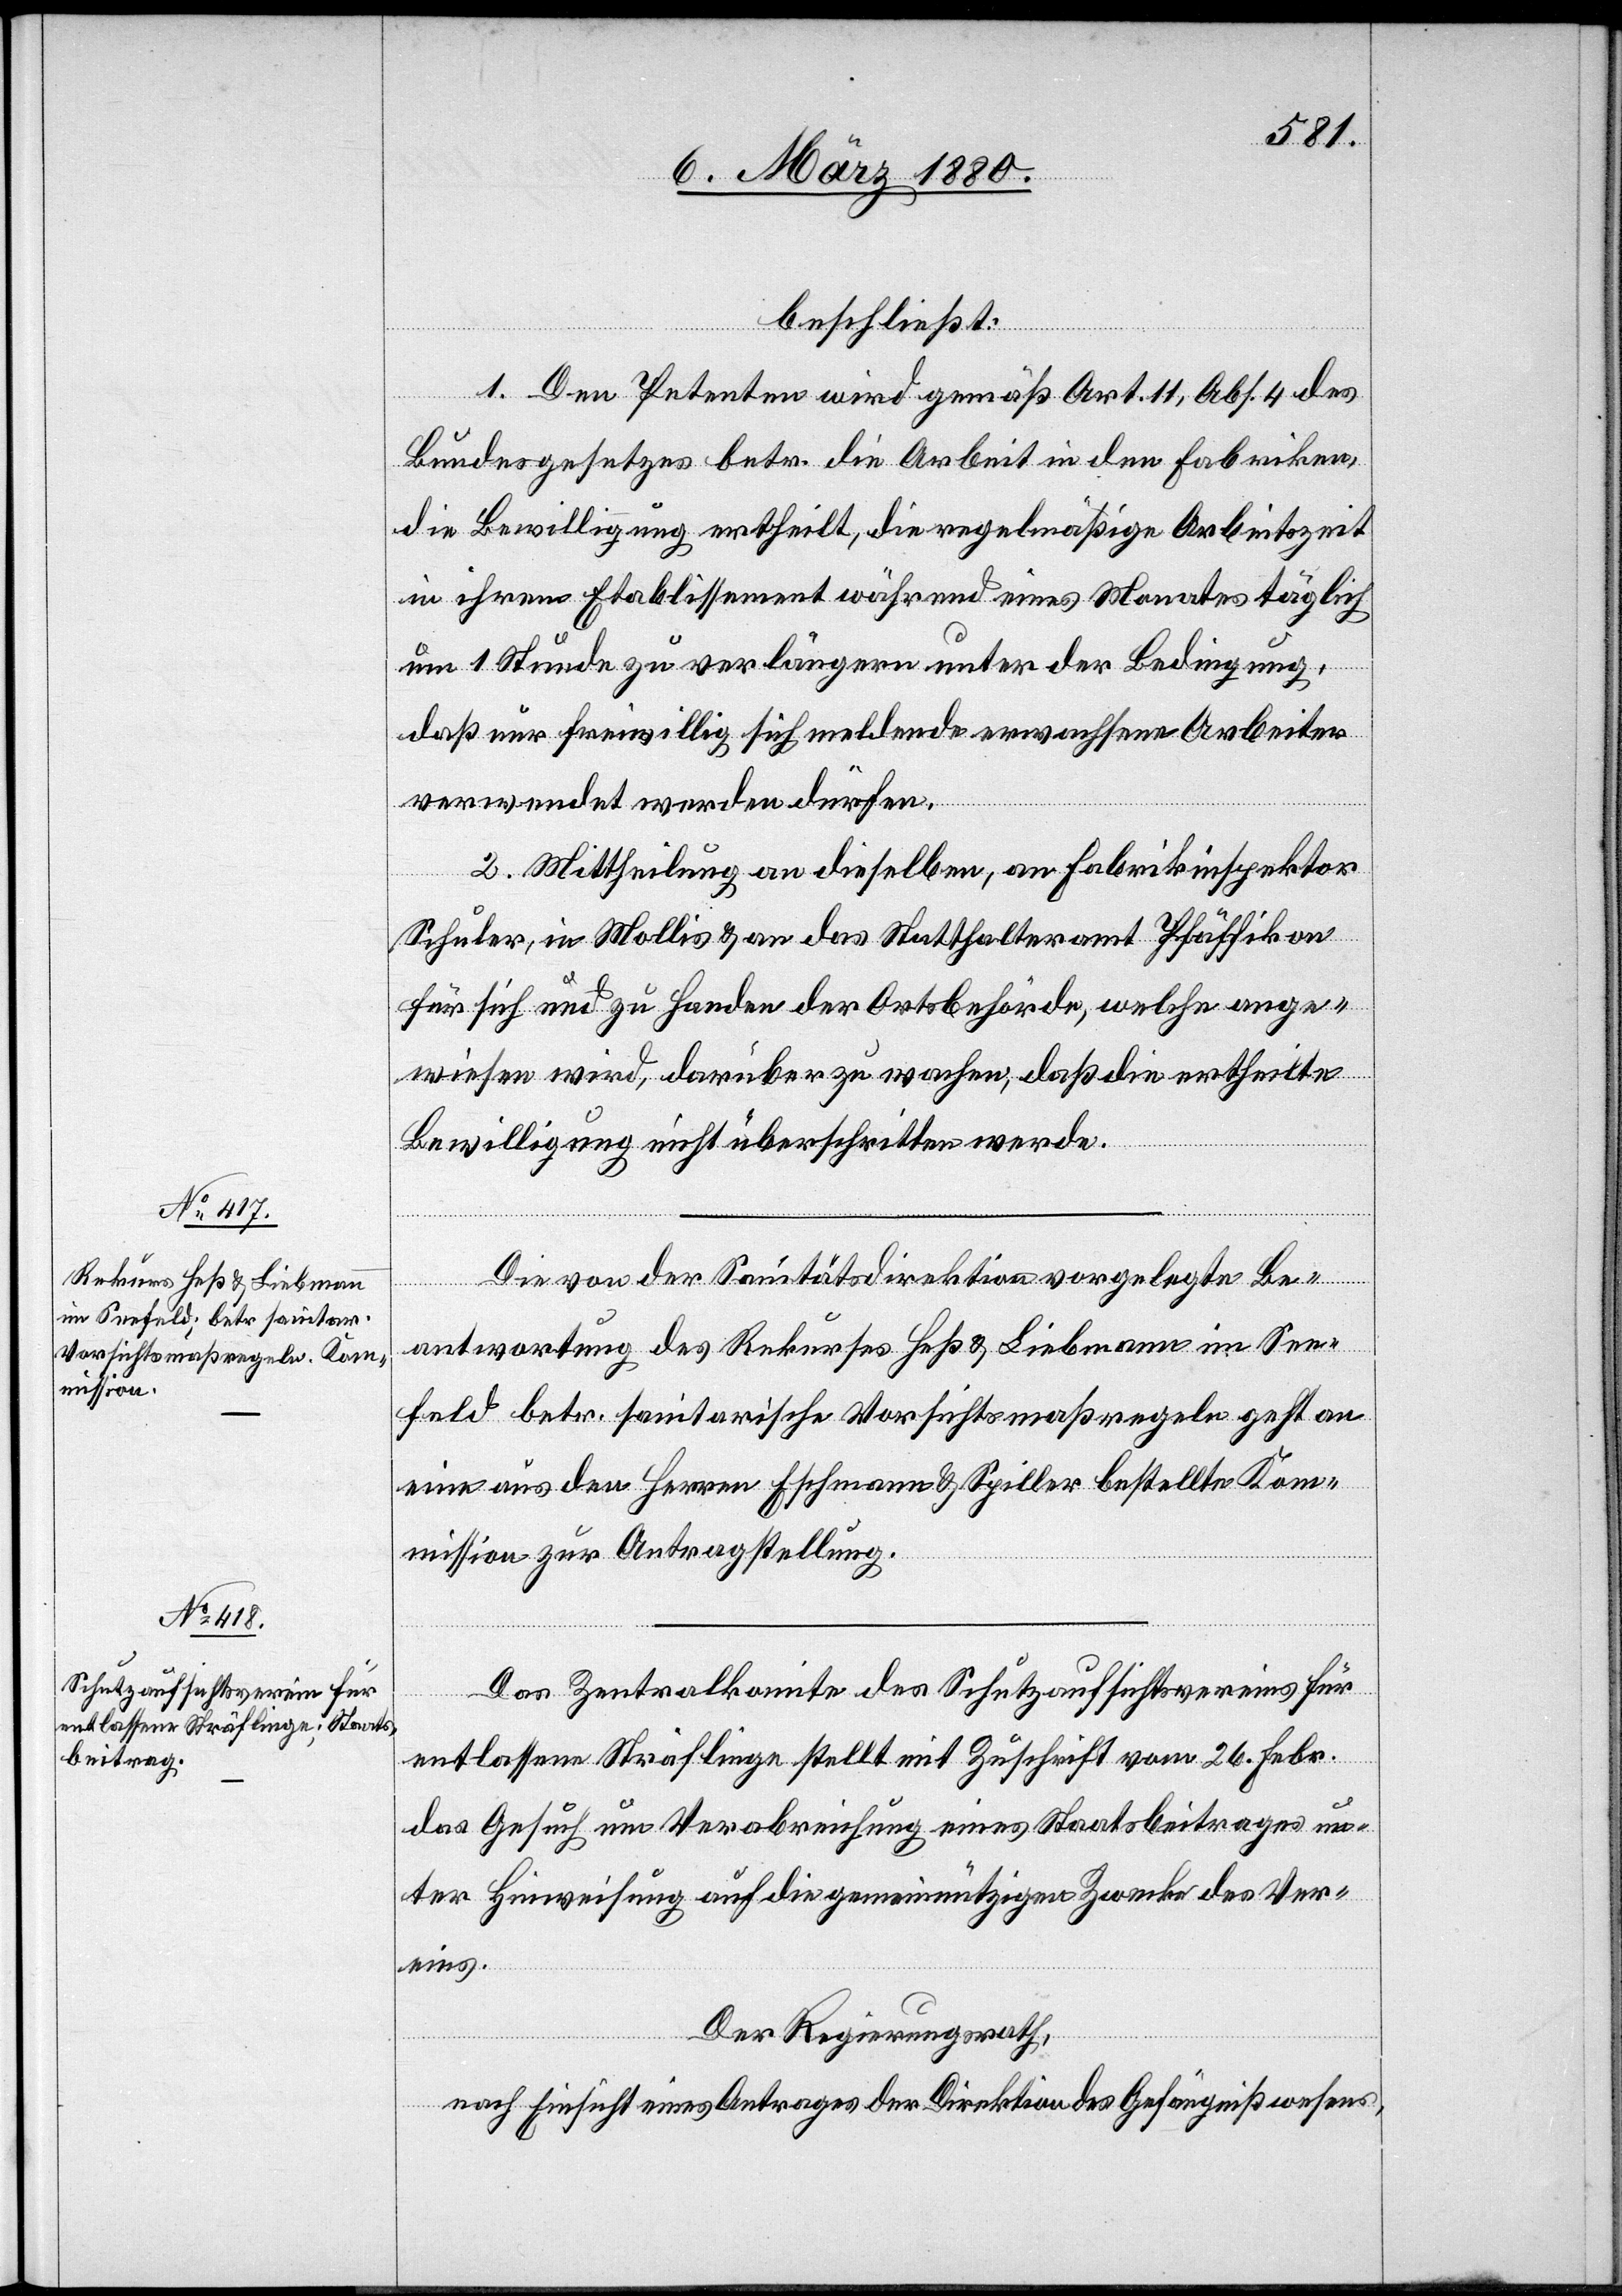
beschließt:
1. Den Petenten wird gemäß Art. 11, Abs. 4 des
Bundesgesetzes betr. die Arbeit in den Fabriken
die Bewilligung ertheilt, die regelmäßige Arbeitszeit
in ihrem Etablissement während eines Monates täglich
um 1 Stunde zu verlängern unter der Bedingung,
daß nur freiwillig sich meldende erwachsene Arbeiter
verwendet werden dürfen.
2. Mittheilung an dieselben, an Fabrikinspektor
Schuler, in Mollis & an das Statthalteramt Pfäffikon
für sich und zu Handen der Ortsbehörde, welche ange¬
wiesen wird, darüber zu wachen, daß die ertheilte
Bewilligung nicht überschritten werde.
Die von der Sanitätsdirektion vorgelegte Be¬
antwortung des Rekurses Heß & Liebmann im See¬
feld betr. sanitarische Vorsichtsmaßregeln geht
eine aus den Herren Eschmann & Spiller bestellte Kom¬
mission zur Antragstellung.
Das Zentralkomite des Schutzaufsichtsvereins für
entlassene Sträflinge stellt mit Zuschrift vom 26. Febr.
das Gesuch um Verabreichung eines Staatsbeitrages un¬
ter Hinweisung auf die gemeinnützigen Zwecke des Ver¬
eins.
Der Regierungsrath,
nach Einsicht eines Antrages der Direktion des Gefängnißwesens,